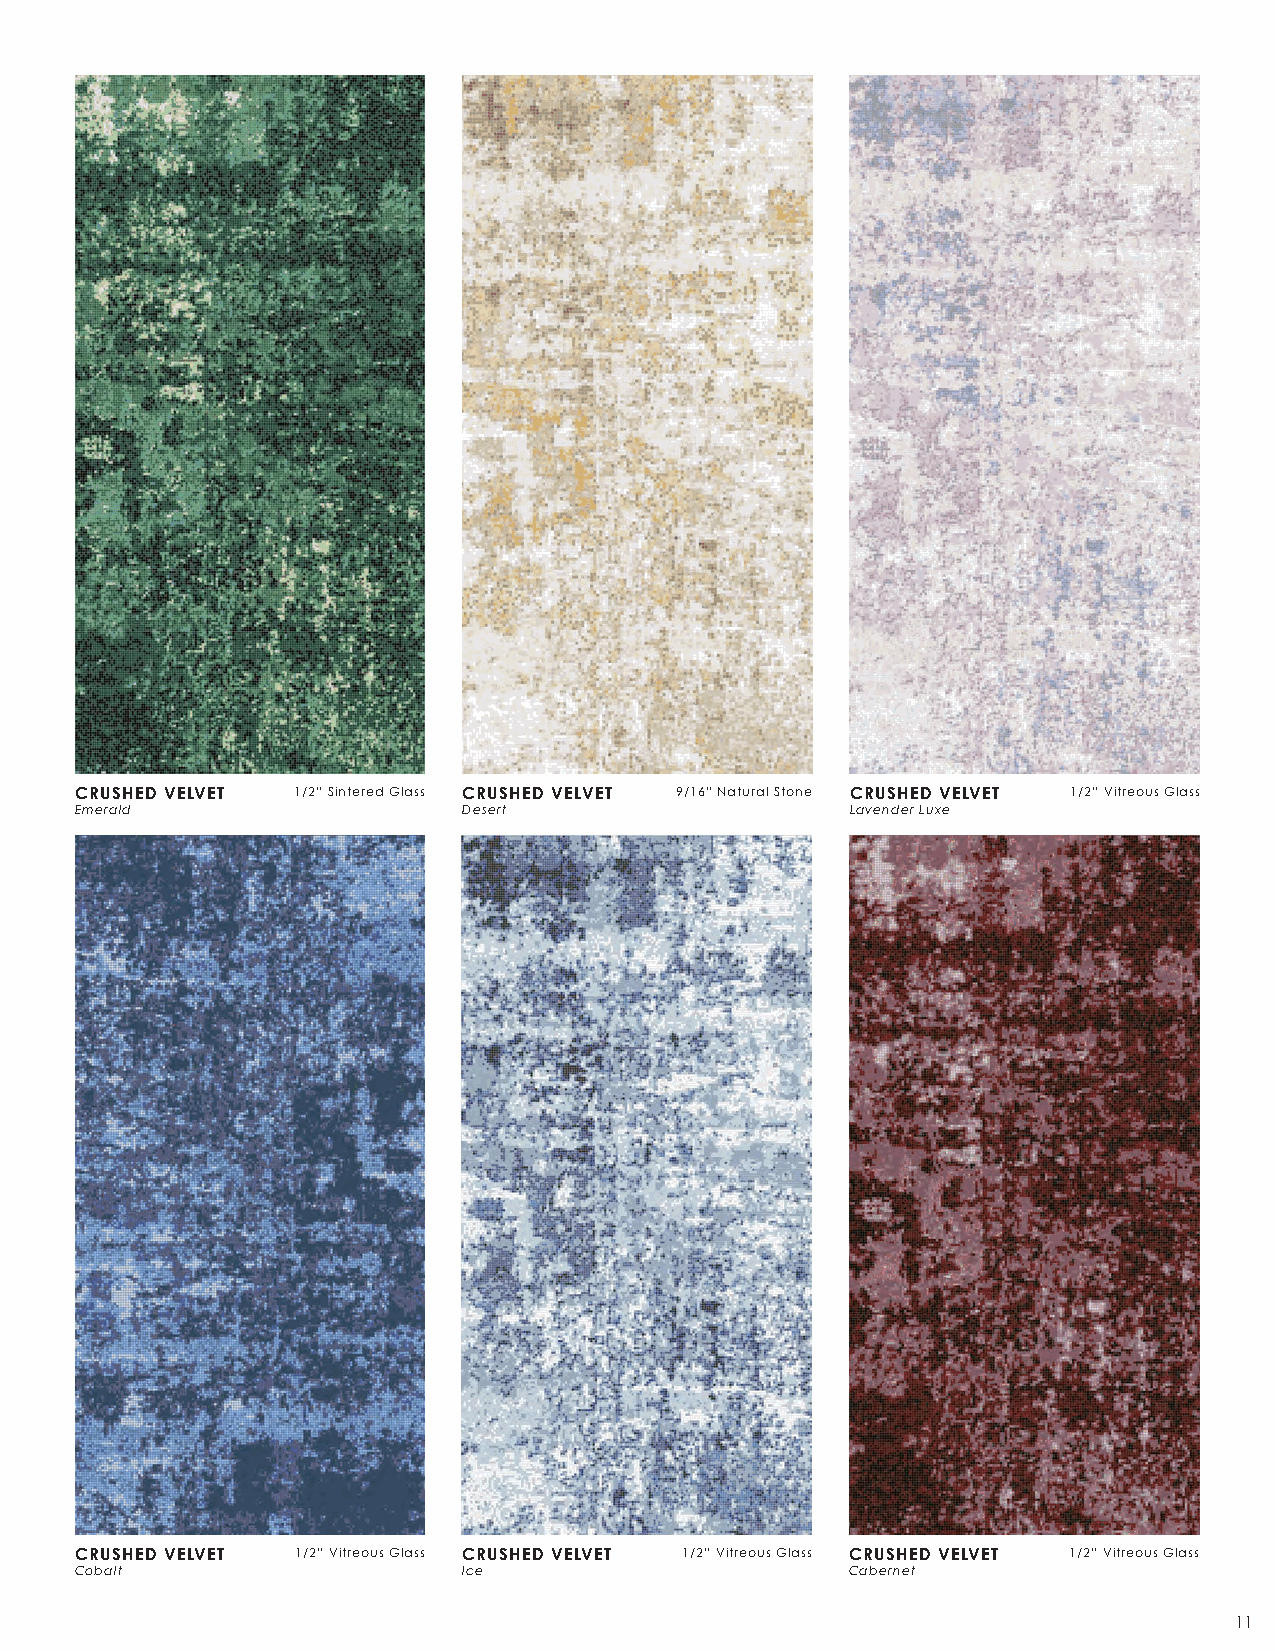
C R U S H E D V E LV E T
 CRUSHED VELVET 1/2” Sintered Glass CRUSHED VELVET 9/16” Natural Stone CRUSHED VELVET 1/2” Vitreous Glass
 Emerald                   Desert                   Lavender Luxe
 CRUSHED VELVET 1/2” Vitreous Glass CRUSHED VELVET 1/2” Vitreous Glass CRUSHED VELVET 1/2” Vitreous Glass
 Cobalt                    Ice                      Cabernet
 11